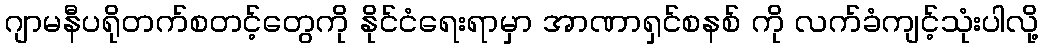
ဂျာမနီပရိုတက်စတင့်တွေကို နိုင်ငံရေးရာမှာ အာဏာရှင်စနစ် ကို လက်ခံကျင့်သုံးပါလို့